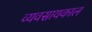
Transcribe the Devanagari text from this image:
व्यवसायकाल